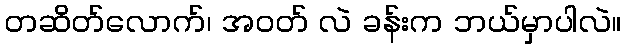
တဆိတ်လောက်၊ အဝတ် လဲ ခန်းက ဘယ်မှာပါလဲ။